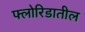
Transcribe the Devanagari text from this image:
फ्लोरिडातील